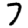
Digit: 7